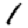
Digit: 1